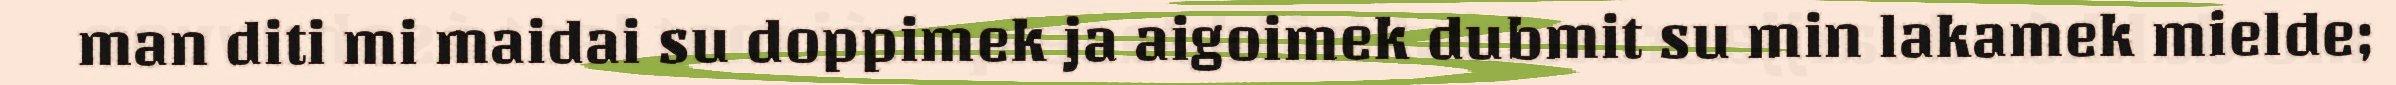
man diti mi maidai su doppimek ja aigoimek dubmit su min lakamek mielde;